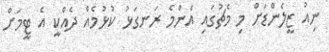
ނިއު ޒީލެންޑަށް މި މެޗުގައި އެންމެ ރަނގަޅު ކުޅުމެއް ދެއްކީ އެ ޓީމަށް